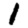
Digit: 1